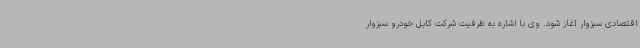
اقتصادی سبزوار آغاز شود. وی با اشاره به ظرفیت شرکت کابل خودرو سبزوار